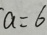
a = 6